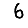
Digit: 6